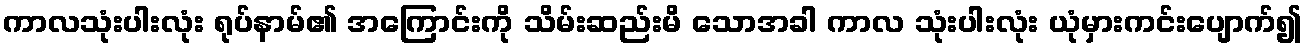
ကာလသုံးပါးလုံး ရုပ်နာမ်၏ အကြောင်းကို သိမ်းဆည်းမိ သောအခါ ကာလ သုံးပါးလုံး ယုံမှားကင်းပျောက်၍